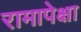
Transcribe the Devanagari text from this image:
रामापेक्षा